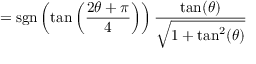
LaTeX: = \operatorname { s g n } \left( \tan \left( { \frac { 2 \theta + \pi } { 4 } } \right) \right) { \frac { \tan ( \theta ) } { \sqrt { 1 + \tan ^ { 2 } ( \theta ) } } }